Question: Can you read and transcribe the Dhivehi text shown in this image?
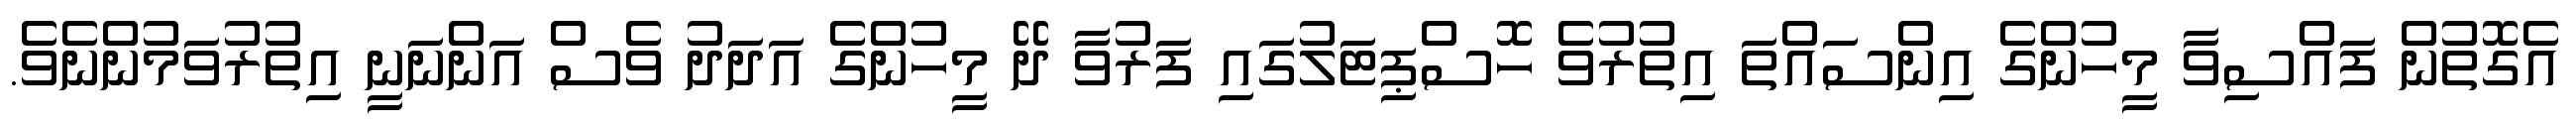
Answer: އެގޮތުން ފައްސިވާ މީހުންގެ އިންސައްތަ އިތުރުވެ ހޮސްޕިޓަލުގައި ފަރުވާ ދޭ މީހުންގެ އަދަދު ވެސް އަންނަނީ އިތުރުވަމުންނެވެ.